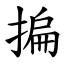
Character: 揙